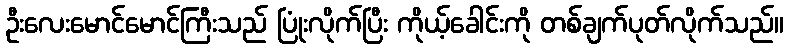
ဦးလေးမောင်မောင်ကြီးသည် ပြုံးလိုက်ပြီး ကိုယ့်ခေါင်းကို တစ်ချက်ပုတ်လိုက်သည်။